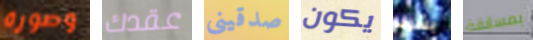
وصورة عقدك صدقينى يكون بشرف بمسابقة